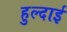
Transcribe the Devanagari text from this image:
हुल्दाई